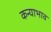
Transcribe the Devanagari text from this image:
कन्याभाव